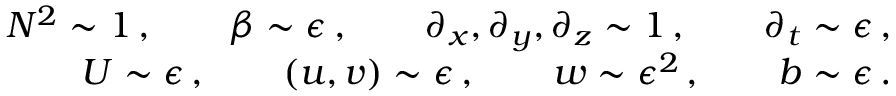
\begin{array} { r l r } & { } & { N ^ { 2 } \sim 1 \, , \qquad \beta \sim \epsilon \, , \qquad \partial _ { x } , \partial _ { y } , \partial _ { z } \sim 1 \, , \qquad \partial _ { t } \sim \epsilon \, , } \\ & { } & { U \sim \epsilon \, , \qquad ( u , v ) \sim \epsilon \, , \qquad w \sim \epsilon ^ { 2 } \, , \qquad b \sim \epsilon \, . } \end{array}